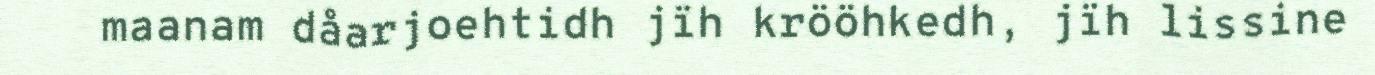
maanam dåarjoehtidh jïh krööhkedh, jïh lissine